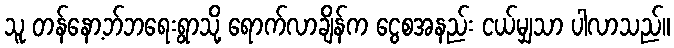
သူ တန်နော့ဘ်ဘရေးရွာသို့ ရောက်လာချိန်က ငွေစအနည်း ငယ်မျှသာ ပါလာသည်။